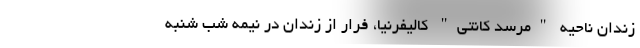
زندان ناحیه "مرسد کانتی" کالیفرنیا، فرار از زندان در نیمه شب شنبه‌